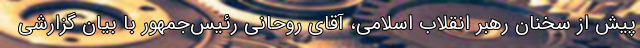
پیش از سخنان رهبر انقلاب اسلامی، آقای روحانی رئیس‌جمهور با بیان گزارشی